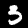
Digit: 3